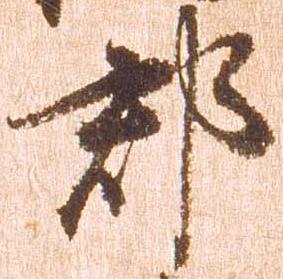
郡